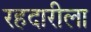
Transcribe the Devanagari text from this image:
रहदारीला